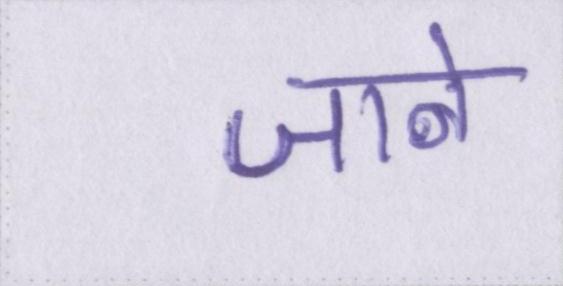
जाने